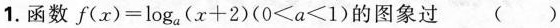
1.函数$$f ( x ) = log_{a} ( x +2 )$$($$0 ≤ a ≤ 1$$)的图象过 ( )